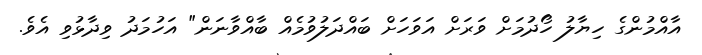
އާއްމުންގެ ހިޔާލު ހޯދުމަށް ވަރަށް އަވަހަށް ބައްދަލުވުމެއް ބާއްވާނަން" އަހުމަދު ވިދާޅުވި އެވެ.